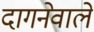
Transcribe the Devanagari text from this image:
दागनेवाले